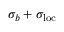
{ \sigma _ { b } + \sigma _ { \mathrm { l o c } } }